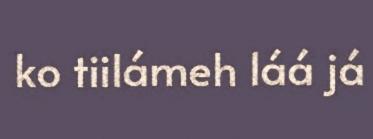
ko tiilámeh láá já